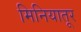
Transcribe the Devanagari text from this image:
मिनियातूर